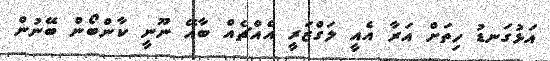
އަޅުގަނޑު ހިތަށް އަރާ އެއީ ލަގްޒަރީ އެއްޗެއް ބާއޭ ނޫނީ ކާންބޯން ބޭނުން